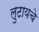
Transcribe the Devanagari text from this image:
लुटायचे